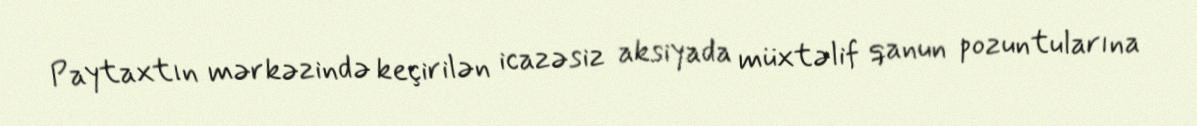
Paytaxtın mərkəzində keçirilən icazəsiz aksiyada müxtəlif qanun pozuntularına